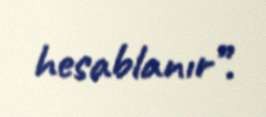
hesablanır”.